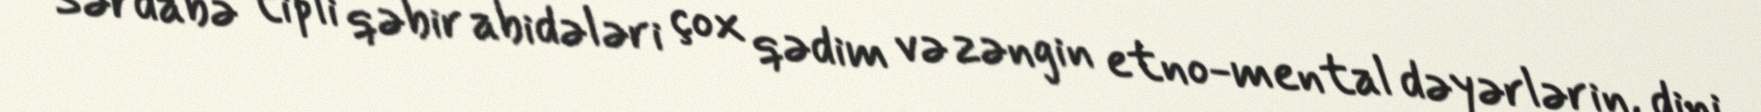
Sərdabə tipli qəbir abidələri çox qədim və zəngin etno-mental dəyərlərin, dini